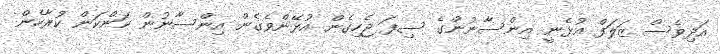
އަދިވެސް ޒަލަފް އުޅެނީ އިންސާނުންގެ ސިފަ ޖެހިގެން އުޅޭންވެގެން އިންސާނުން ކަންކަން ކުރާހެން